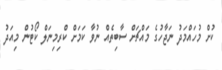
ކުށް މުހައްމަދު ނަޖާހުގެ މައްޗަށް ސާބިތެއް ނުވާ ކަމަށް ކްރިމިނަލް ކޯޓުން މިއަދު